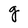
Character: g